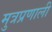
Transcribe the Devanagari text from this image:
मुत्रप्रणाली